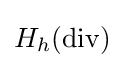
H_{h}(\operatorname {div} )